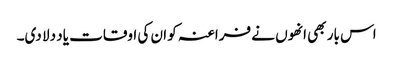
اس بار بھی انھوں نے فراعنہ کو ان کی اوقات یاد دلا دی۔